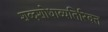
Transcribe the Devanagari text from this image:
शब्दशोधाव्यतिरिक्त